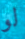
لو